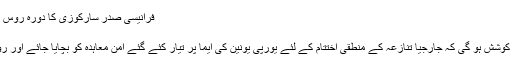
فرانیسی صدر سارکوزی کا دورہ روس | حالات حاضرہ | DW | 08.09.2008
فرانیسی صدر سارکوزی کا دورہ روس
اس دورے کے دوران فرانسیسی صدر کی کوشش ہو گی کہ جارجیا تنازعہ کے منطقی اختتام کے لئے یورپی یونین کی ایما پر تیار کئے گئے امن معاہدہ کو بچایا جائے اور روس ،جارجیا سے اپنی افواج واپس بلوا لے۔